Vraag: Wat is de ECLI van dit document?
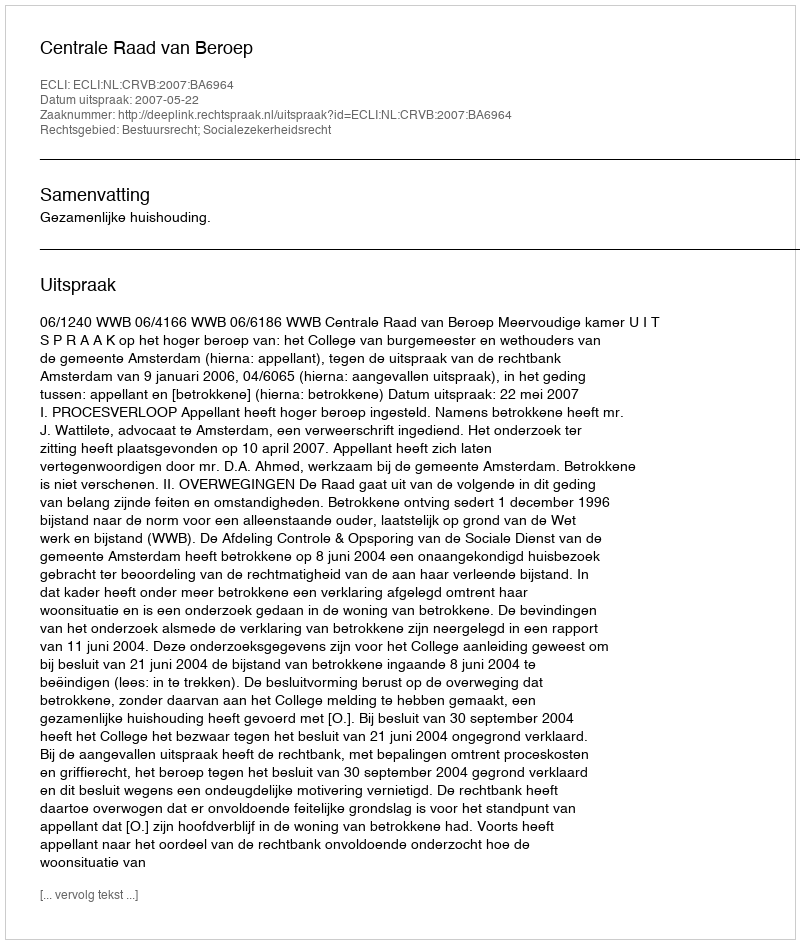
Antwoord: ECLI:NL:CRVB:2007:BA6964